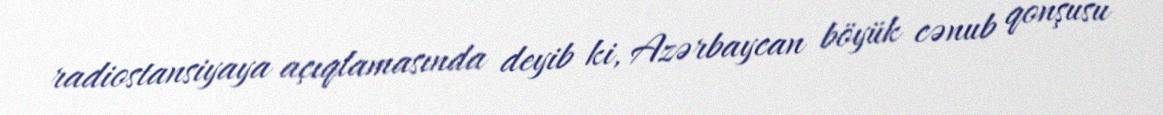
radiostansiyaya açıqlamasında deyib ki, Azərbaycan böyük cənub qonşusu